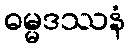
ဓမ္မဒဿနံ